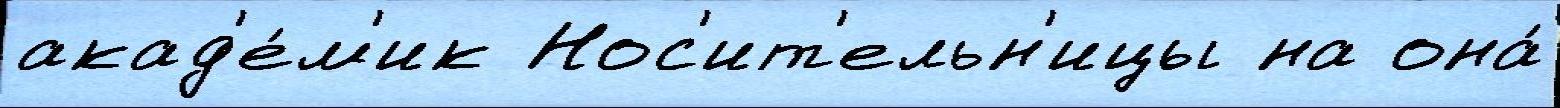
акад'е́м'ик Нос'ит'ельн'ицы на она́